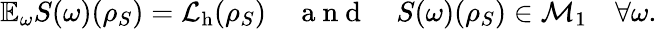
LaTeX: \mathbb{E}_{\omega}S(\omega)({\rho}_{S})=\mathcal{L}_{\mathrm{h}}({\rho}_{S})\quad\mathrm{~a~n~d~}\quad S(\omega)({\rho}_{S})\in\mathcal{M}_{1}\quad\forall\omega.